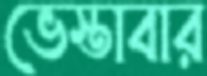
ভেস্তাবার